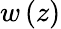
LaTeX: w\left(z\right)